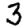
Digit: 3